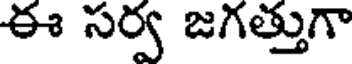
ఈ సర్వ జగత్తుగా